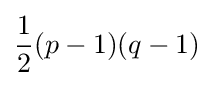
{\frac {1}{2}}(p-1)(q-1)